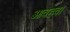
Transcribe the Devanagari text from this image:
आवहवा